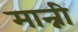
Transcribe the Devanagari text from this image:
मान्नी